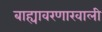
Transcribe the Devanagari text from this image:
बाह्यावरणाखाली